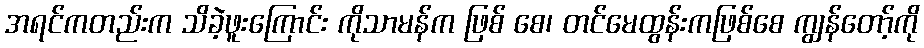
အရင်ကတည်းက သိခဲ့ဖူးကြောင်း ကိုသာမန်က ဖြစ် စေ၊ တင်မေထွန်းကဖြစ်စေ ကျွန်တော့်ကို